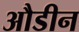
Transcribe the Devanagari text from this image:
औडीन